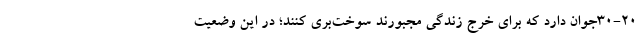
30-20جوان دارد که برای خرج زندگی مجبورند سوخت‌بری کنند؛ در این وضعیت